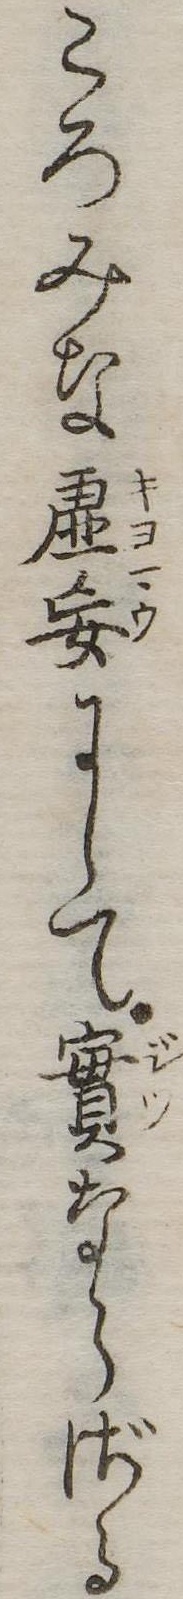
ころみな虚妄にして実ならざる